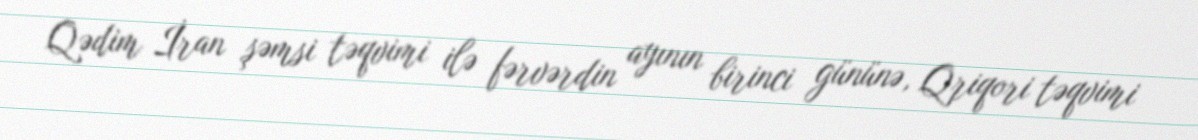
Qədim İran şəmsi təqvimi ilə fərvərdin ayının birinci gününə, Qriqori təqvimi